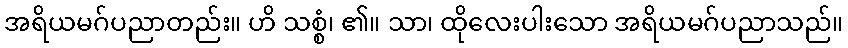
အရိယမဂ်ပညာတည်း။ ဟိ သစ္စံ၊ ၏။ သာ၊ ထိုလေးပါးသော အရိယမဂ်ပညာသည်။